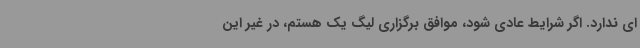
ای ندارد. اگر شرایط عادی شود، موافق برگزاری لیگ یک هستم، در غیر این